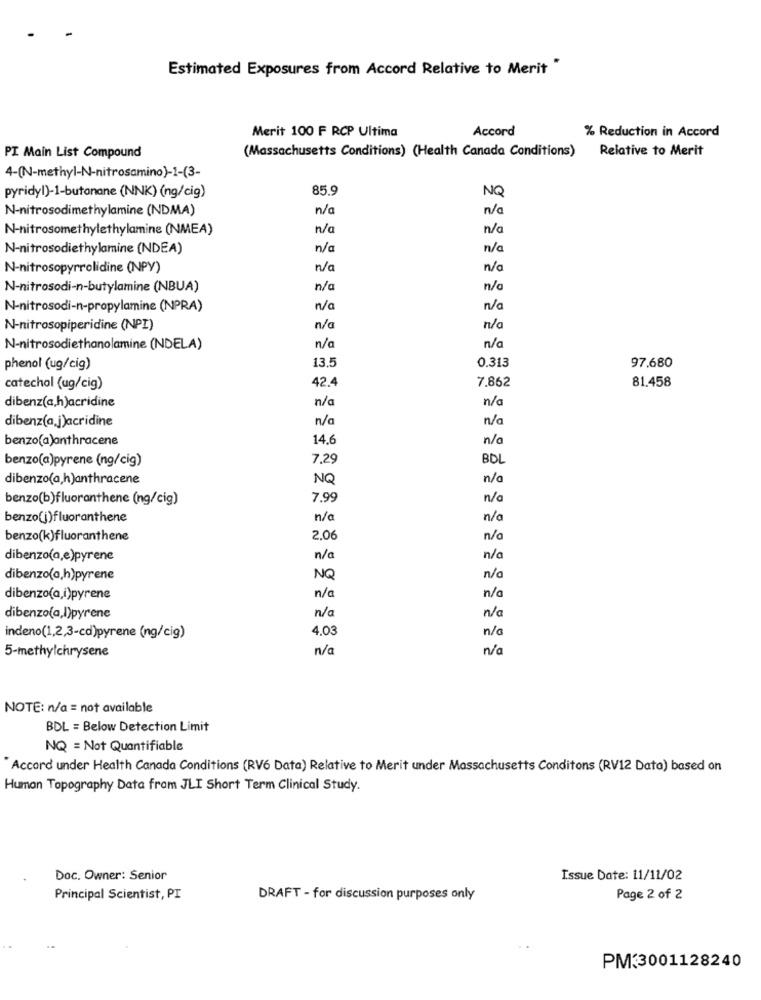
Estimated Exposures from Accord Relative to Merit "
Merit 100 F RCP Ultima
Accord
% Reduction in Accord
(Massachusetts Conditions) (Health Canada Conditions)
Relative to Merit
PI Main List Compound
4-(N-methyl-N-nitrosamino)-1-(3-
85.9
NQ
pyridyl)-1-butanane (NNK) (ng/cig)
N-nitrosodimethylamine (NDMA)
n/a
n/a
N-nitrosomethylethylamine (NMEA)
n/a
n/a
N-nitrosodiethylamine (NDEA)
n/a
n/a
N-nitrosopyrrolidine (NPY)
n/a
n/a
N-nitrosodi-n-butylamine (NBUA)
n/a
n/a
N-nitrosodi-n-propylamine (NPRA)
n/a
n/a
N-nitrosopiperidine (NPI)
n/a
n/a
N-nitrosodiethanolamine (NDELA)
n/a
n/a
phenol (ug/cig)
13.5
0.313
97,680
7.862
catechol (ug/cig)
42.4
81.458
n/a
n/a
dibenz(a,h)acridine
dibenz(a,j)acridine
n/a
n/a
benzo(a)anthracene
14.6
n/a
7.29
BDL
benzo(a)pyrene (ng/cig)
dibenzo(a,h)anthracene
NQ
n/a
benzo(b)fluoranthene (ng/cig)
7.99
n/a
benzo(j)fluoranthene
n/a
n/a
benzo(k)fluoranthene
2,06
n/a
dibenzo(a,e)pyrene
n/a
n/a
dibenzo(a,h)pyrene
NQ
n/a
n/a
dibenzo(a,i)pyrene
n/a
dibenzo(a,I)pyrene
n/a
n/a
4.03
n/a
indeno(1,2,3-cd)pyrene (ng/cig)
5-methylchrysene
n/a
n/a
NOTE: n/a = not available
BDL = Below Detection Limit
NQ = Not Quantifiable
Accord under Health Canada Conditions (RV6 Data) Relative to Merit under Massachusetts Conditons (RV12 Data) based on
Human Topography Data from JLI Short Term Clinical Study.
Doc. Owner: Senior
Issue Date: 11/11/02
Principal Scientist, PI
DRAFT - for discussion purposes only
Page 2 of 2
PM:3001128240